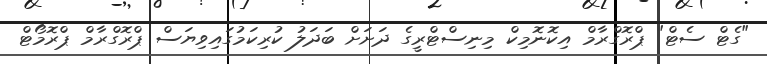
"ގެޓް ސެޓް" ޕްރޮގްރާމް އިކޮނޮމިކް މިނިސްޓްރީގެ ދަށަށް ބަދަލު ކުރިކަމުގައިވިޔަސް ޕްރޮގްރާމް ޕްރޮމޯޓް